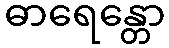
ဓာရေန္တော